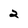
Character: 2